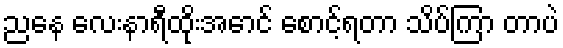
ညနေ လေးနာရီထိုးအောင် စောင့်ရတာ သိပ်ကြာ တာပဲ